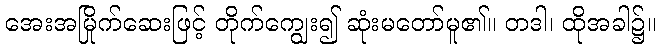
အေးအမြိုက်ဆေးဖြင့် တိုက်ကျွေး၍ ဆုံးမတော်မူ၏။ တဒါ၊ ထိုအခါ၌။